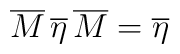
\overline{M}\,\overline{\eta }\,\overline{M}=\overline{\eta }